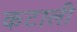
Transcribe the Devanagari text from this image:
कटाली